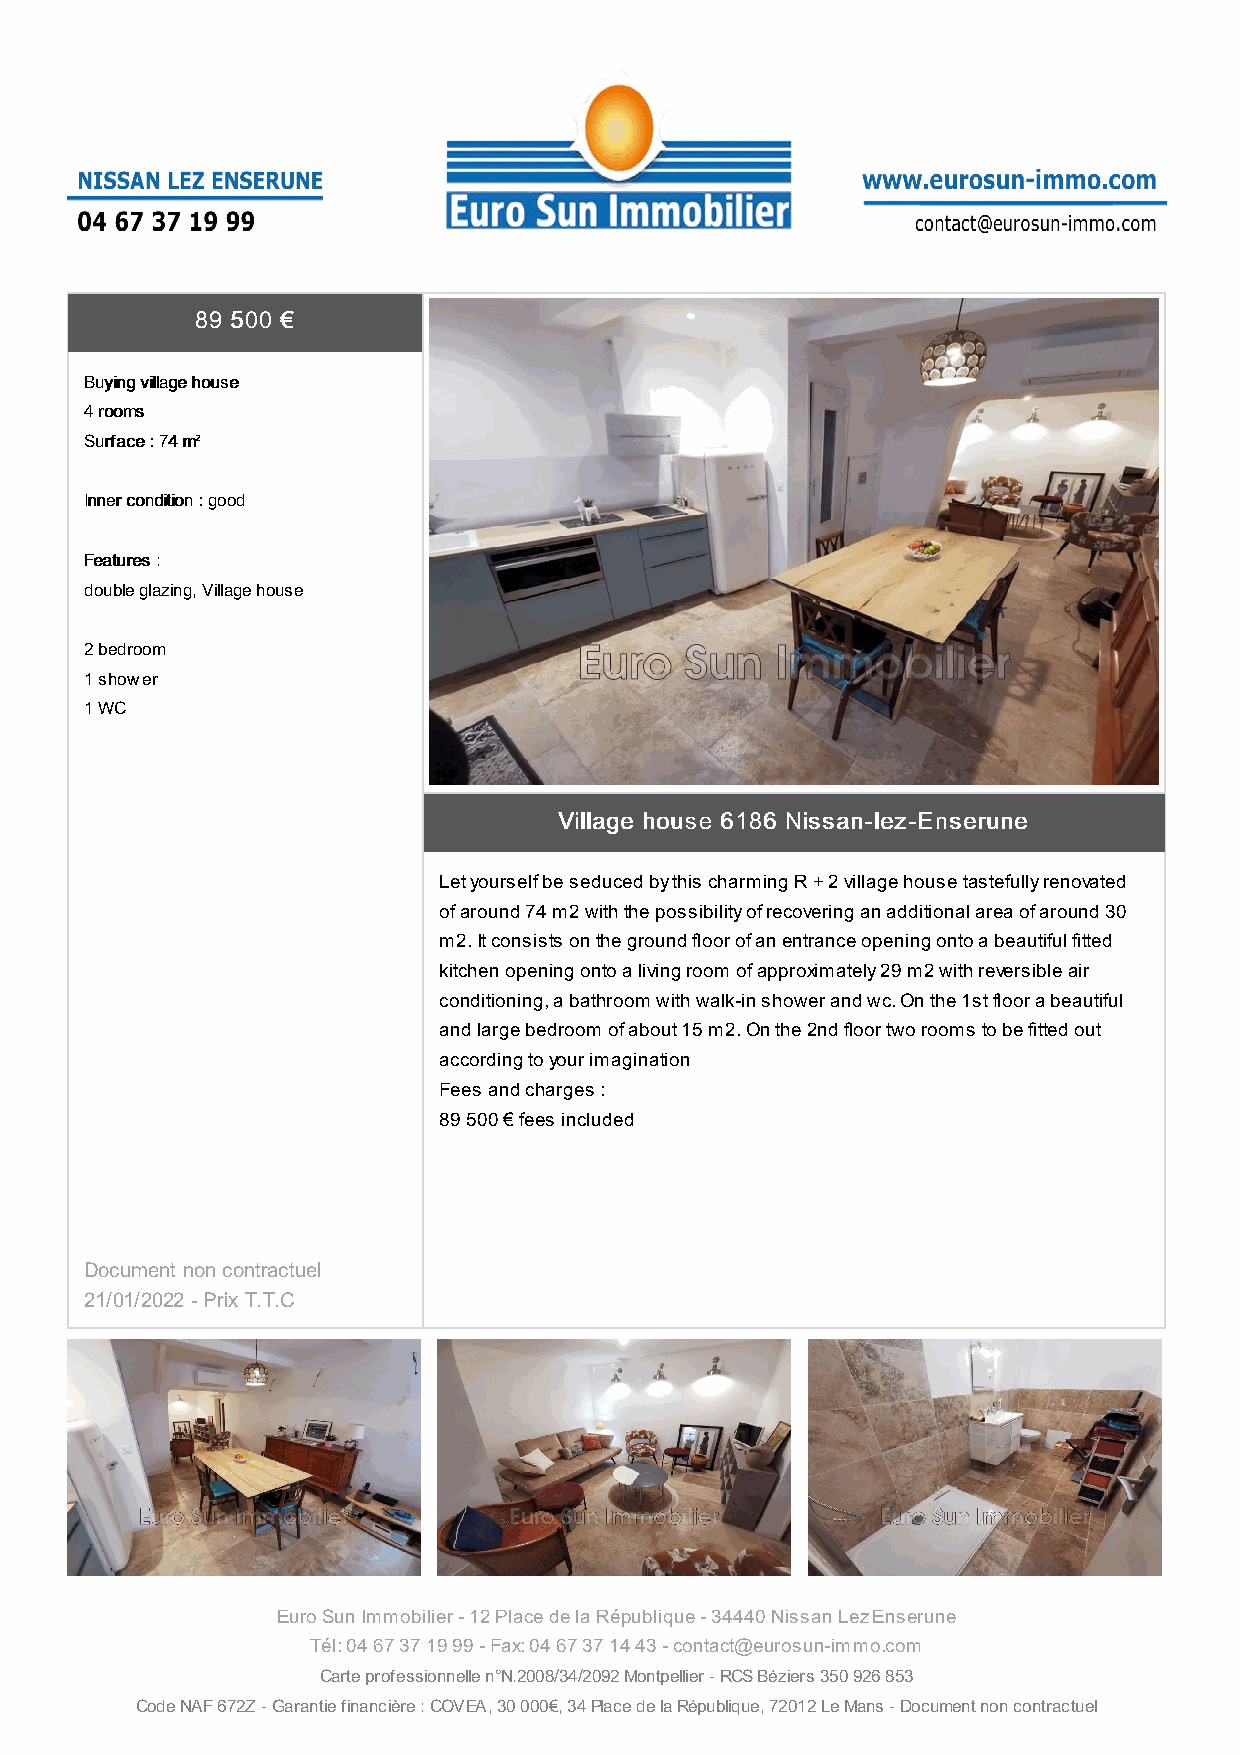
8899 550000 €€
 BBuuyyiinngg vviillllaaggee hhoouussee
 44 rroooommss
 SSuurrffaaccee :: 7744 mm²²
 IInnnneerr ccoonnddiittiioonn :: good
 FFeeaattuurreess ::
 double glazing, Village house
 2 bedroom
 1 shower
 1 WC
 VViillllaaggee hhoouussee 66118866 NNiissssaann--lleezz--EEnnsseerruunnee
 Let yourself be seduced by this charming R + 2 village house tastefully renovated
 of around 74 m2 with the possibility of recovering an additional area of around 30
 m2. It consists on the ground floor of an entrance opening onto a beautiful fitted
 kitchen opening onto a living room of approximately 29 m2 with reversible air
 conditioning, a bathroom with walk-in shower and wc. On the 1st floor a beautiful
 and large bedroom of about 15 m2. On the 2nd floor two rooms to be fitted out
 according to your imagination
 Fees and charges :
 89 500 € fees included
 Document non contractuel
 21/01/2022 - Prix T.T.C
 Euro Sun Immobilier - 12 Place de la République - 34440 Nissan Lez Enserune
 Tél: 04 67 37 19 99 - Fax: 04 67 37 14 43 - contact@eurosun-immo.com
 Carte professionnelle n°N.2008/34/2092 Montpellier - RCS Béziers 350 926 853
 Code NAF 672Z - Garantie financière : COVEA, 30 000€, 34 Place de la République, 72012 Le Mans - Document non contractuel